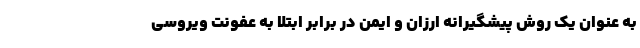
به عنوان یک روش پیشگیرانه ارزان و ایمن در برابر ابتلا به عفونت ویروسی